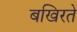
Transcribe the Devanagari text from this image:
बखिरते